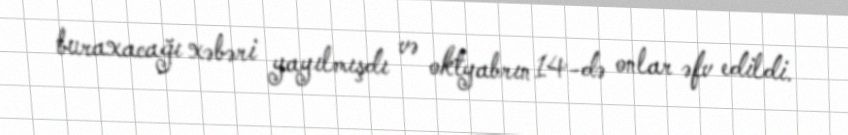
buraxacağı xəbəri yayılmışdı və oktyabrın 14-də onlar əfv edildi.